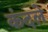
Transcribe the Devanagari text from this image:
कंदले